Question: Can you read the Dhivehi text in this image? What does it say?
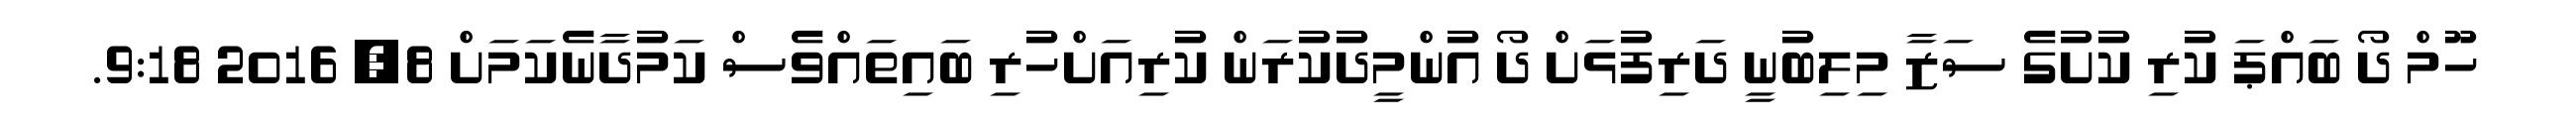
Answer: ހޫމް ދޯ ބައްޕަ ކުރި ކުށުގެ ސަޒާ މިލިބުނީ ދަރިފުޅަށް ދޯ އުންމީދުކުރަން ކުރިއަށްހުރި ބައިތައްވެސް ކަމުދާނެކަމަށް 8, 2016 9:18.